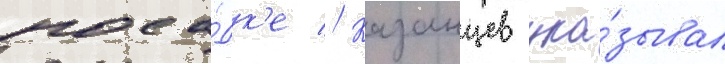
поса́дк'е // Казанцев ука́зывал